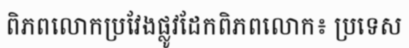
ពិភពលោកប្រវែងផ្លូវដែកពិភពលោក៖ ប្រទេស